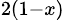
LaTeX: _{2(1-x)}